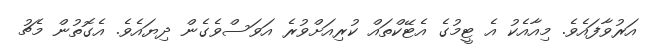
އަރުވާފައެވެ. މިއާއެކު އެ ޓީމުގެ އެޓޭކްތައް ކުރިއަށްވުރެ އަވަސްވެގެން ދިޔައެވެ. އެގޮތުން މެޗު